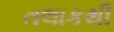
તલાકથી